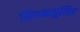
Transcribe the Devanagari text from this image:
सिपनसुलिड